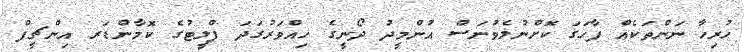
ހުރިހާ ނަންތަކެއް ފާހަގަ ކޮށްނުލެވުނަސް އުންމީދު ދޯނީގެ ހިއްވަރުގަދަ ފްލީޓުގެ ކޮމާންޑަރ އިންޗީފް